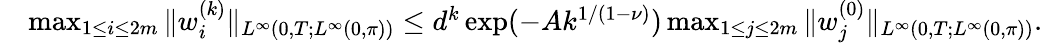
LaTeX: \begin{array}{rl}&{\operatorname*{max}_{1\leq i\leq 2m}\| w_{i}^{(k)}\| _{L^{\infty}(0,T;L^{\infty}(0,\pi))}\leq d^{k}\exp(-Ak^{1/(1-\nu)})\operatorname*{max}_{1\leq j\leq 2m}\| w_{j}^{(0)}\| _{L^{\infty}(0,T;L^{\infty}(0,\pi))}.}\end{array}